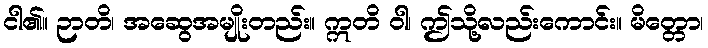
ငါ၏။ ဉာတိ၊ အဆွေအမျိုးတည်း။ ဣတိ ဝါ၊ ဤသို့လည်းကောင်း။ မိတ္တော၊